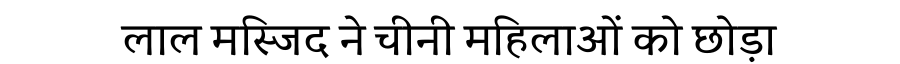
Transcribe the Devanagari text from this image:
लाल मस्जिद ने चीनी महिलाओं को छोड़ा